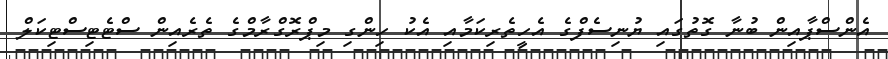
އެންސްޕާއިން ބުނާ ގޮތުގައި ޔުނިސެފްގެ އެހީތެރިކަމާއި އެކު ހިންގި މިޕްރޮގްރާމްގެ ތެރެއިން ސްޓެޓިސްޓިކަލް